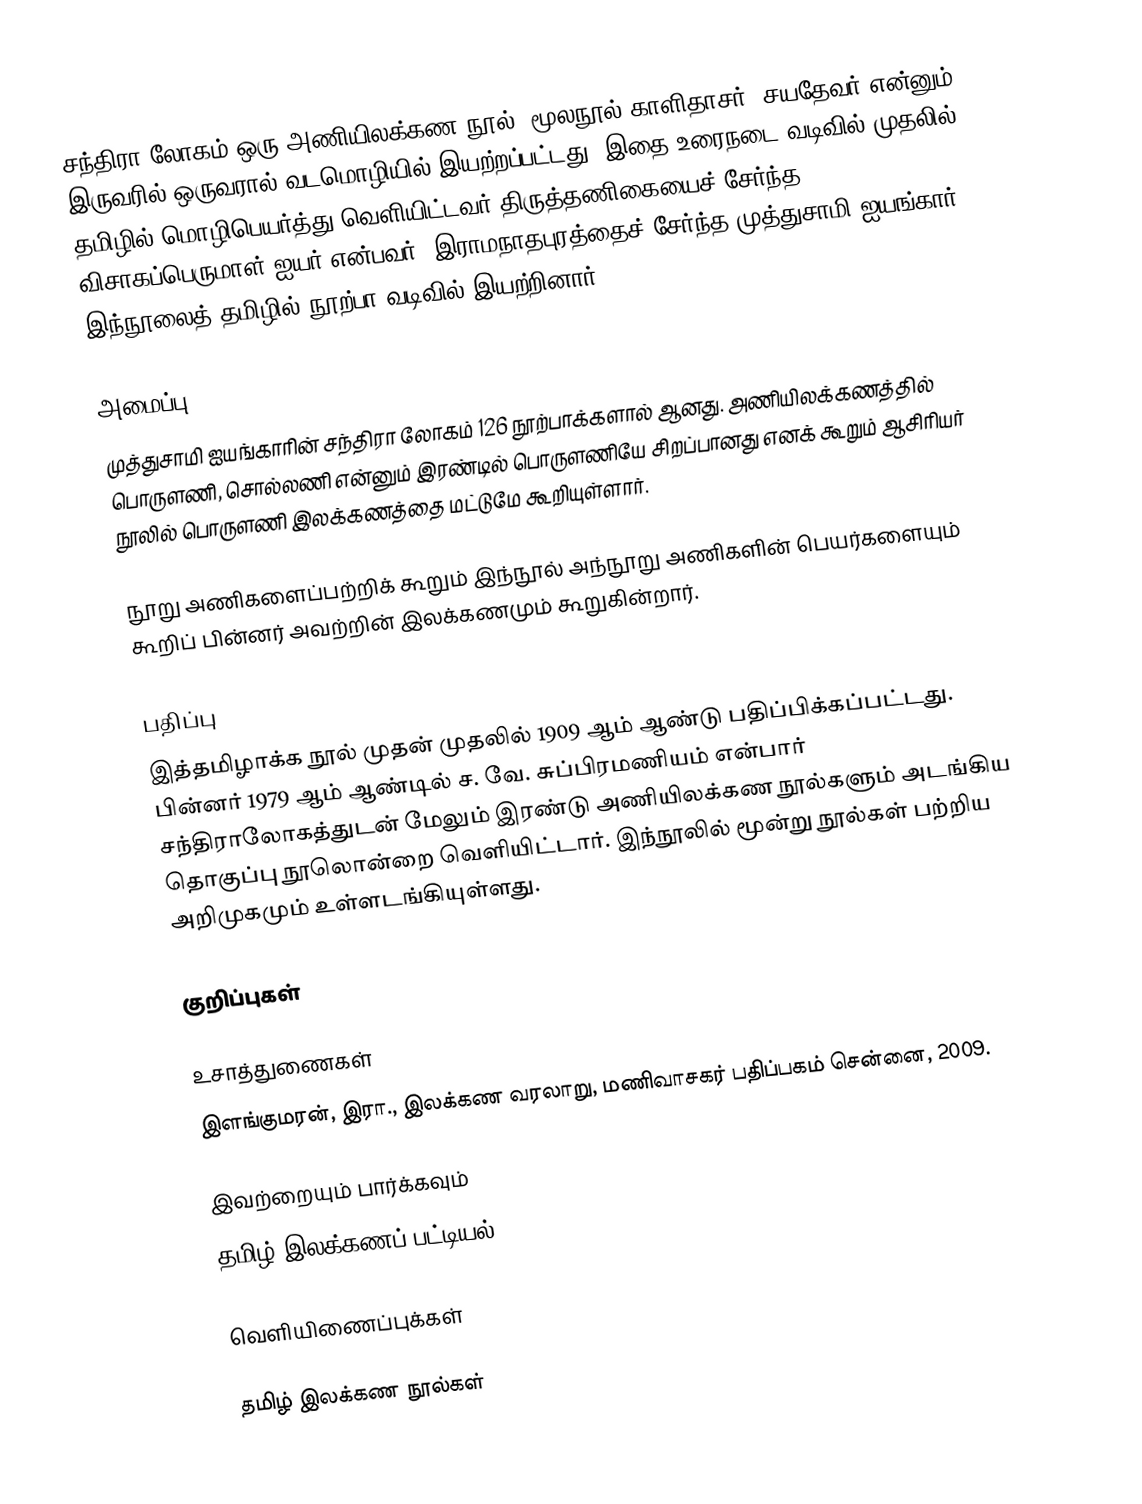
சந்திரா லோகம் ஒரு அணியிலக்கண நூல். மூலநூல் காளிதாசர், சயதேவர் என்னும் இருவரில் ஒருவரால் வடமொழியில் இயற்றப்பட்டது. இதை உரைநடை வடிவில் முதலில் தமிழில் மொழிபெயர்த்து வெளியிட்டவர் திருத்தணிகையைச் சேர்ந்த விசாகப்பெருமாள் ஐயர் என்பவர். இராமநாதபுரத்தைச் சேர்ந்த முத்துசாமி ஐயங்கார் இந்நூலைத் தமிழில் நூற்பா வடிவில் இயற்றினார்..

அமைப்பு
முத்துசாமி ஐயங்காரின் சந்திரா லோகம் 126 நூற்பாக்களால் ஆனது. அணியிலக்கணத்தில் பொருளணி, சொல்லணி என்னும் இரண்டில் பொருளணியே சிறப்பானது எனக் கூறும் ஆசிரியர் நூலில் பொருளணி இலக்கணத்தை மட்டுமே கூறியுள்ளார்.

நூறு அணிகளைப்பற்றிக் கூறும் இந்நூல் அந்நூறு அணிகளின் பெயர்களையும் கூறிப் பின்னர் அவற்றின் இலக்கணமும் கூறுகின்றார்.

பதிப்பு
இத்தமிழாக்க நூல் முதன் முதலில் 1909 ஆம் ஆண்டு பதிப்பிக்கப்பட்டது. பின்னர் 1979 ஆம் ஆண்டில் ச. வே. சுப்பிரமணியம் என்பார் சந்திராலோகத்துடன் மேலும் இரண்டு அணியிலக்கண நூல்களும் அடங்கிய தொகுப்பு நூலொன்றை வெளியிட்டார். இந்நூலில் மூன்று நூல்கள் பற்றிய அறிமுகமும் உள்ளடங்கியுள்ளது.

குறிப்புகள்

உசாத்துணைகள்
 இளங்குமரன், இரா., இலக்கண வரலாறு, மணிவாசகர் பதிப்பகம் சென்னை, 2009.

இவற்றையும் பார்க்கவும்
 தமிழ் இலக்கணப் பட்டியல்

வெளியிணைப்புக்கள்

தமிழ் இலக்கண நூல்கள்